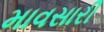
માવસારી